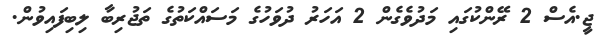
ޖީ.އެސް 2 ރޭންކުގައި މަދުވެގެން 2 އަހަރު ދުވަހުގެ މަސައްކަތުގެ ތަޖުރިބާ ލިބިފައިވުން.